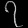
Digit: ၇